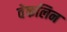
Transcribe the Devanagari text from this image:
वेकलिन